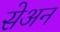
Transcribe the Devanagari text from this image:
सेअन